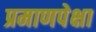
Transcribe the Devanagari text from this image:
प्रमाणपेक्षा